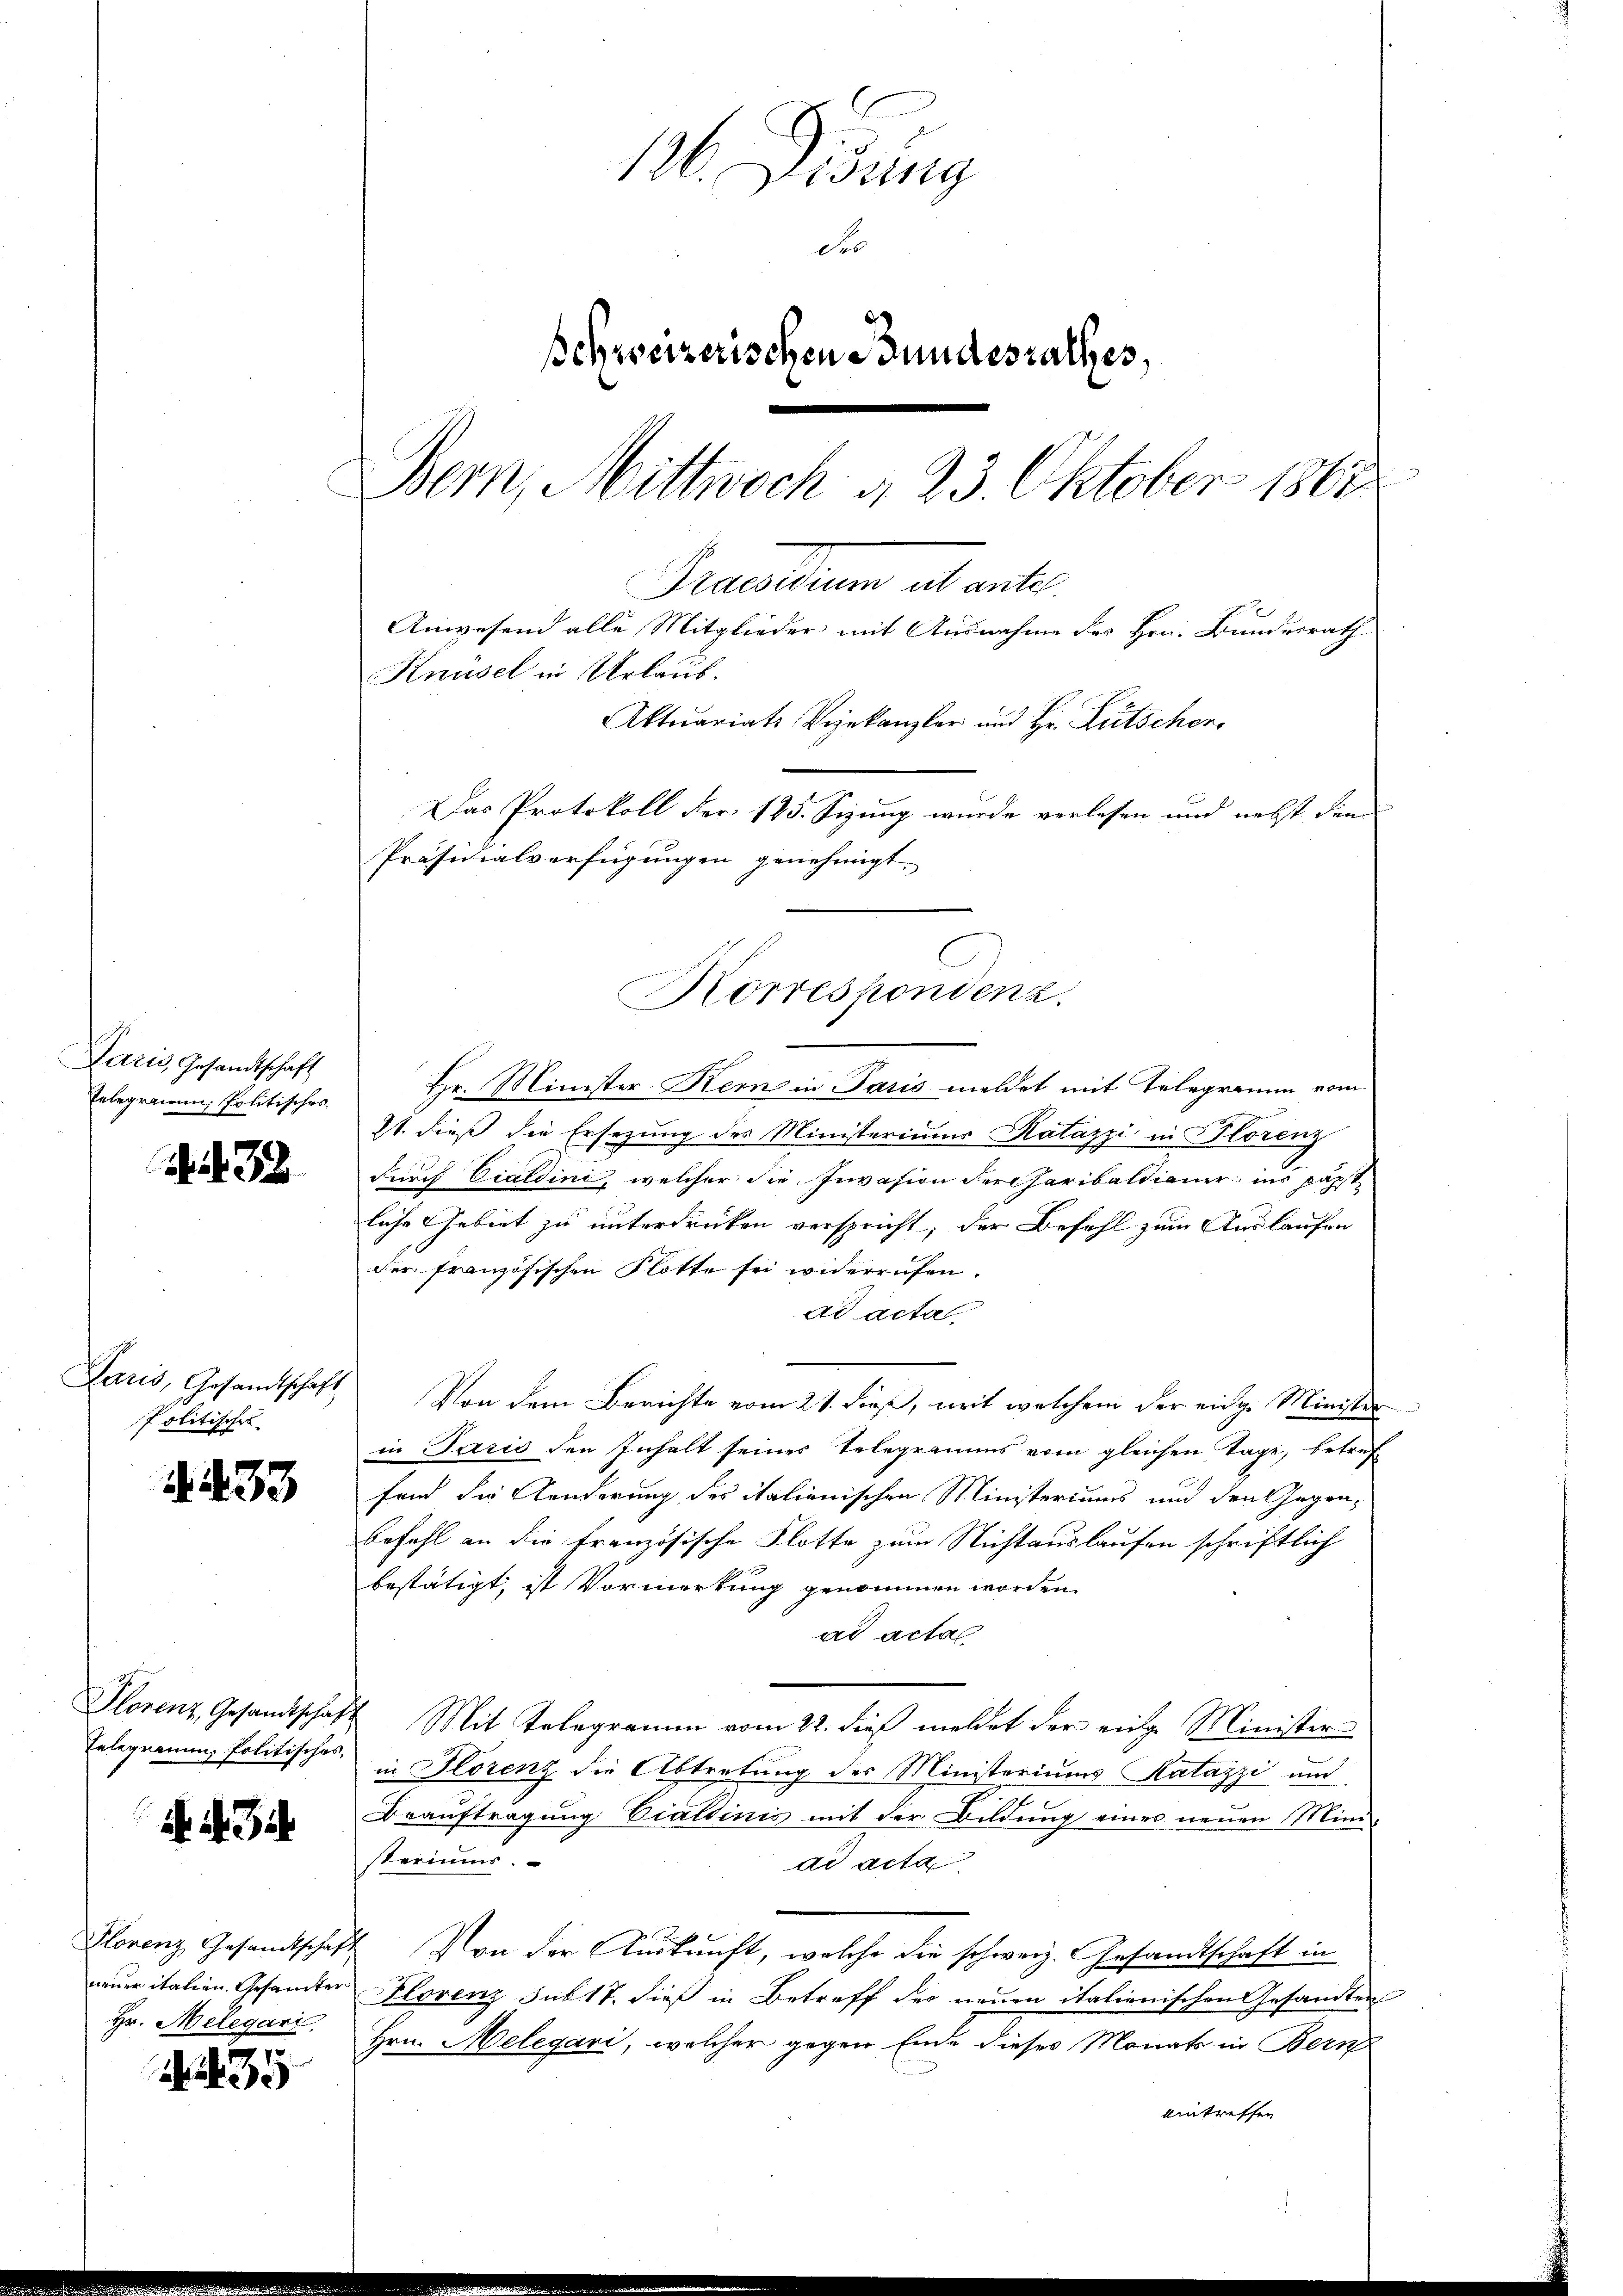
Paris, Gesandtschaft
Pelegramm, Politisches

38

Paris, Gesandtschaft
politisches

A. 433

Telegramm, Politisches,

if. 434.

neuer italien. Gesamter
Hr. Melegart,

35

M Didung
schweizerischen Bundesrathes,
Bern, Mittwoch d. 23. Oktober 1862
Katasten ad acte.
Anwesend alle Mitglieder mit Ausnahme des Hrn. Bundesrath
Knüsel in Urlaub.
Aktuariats Vizekanzler und Hr. Lütschen
Das Protokoll der 125. Sizung wurde verlesen und nebst den
Präsidialverfügungen genehmigt.

Korrespondenz.

Hr. Minister Kern in Paris meldet mit Telegramm vom
21. dieß die Ersezung des Ministeriums Katazzi in Florenz
durch Cialdini, welcher die Invasion der Haribaltianer ins päpst
liche Gebiet zu unterdrücken verspricht, der Befehl zum Auslaufen
der französischen Flotte sei widerrufen.
ad acta
Von dem Berichte vom 21. die, mit welchem der eidge Minister
in Paris den Inhalt seines Telegramms vom gleichen Tage, betref
fend die Kinderung des italienischen Ministeriums und den Gegen¬
Befehl an die französische Flotte zum Nichtauslaufen schriftlich
bestätigt, ist Vormerkung genommen worden.
ad acta
Plorenz, Gesandtschaft Mit Telegramm vom 22. dieβ meldet der einge Minister
in Florenz die Abtretung des Ministeriums Katazzi und
Beauftragung Ciattinis mit der Bildung einer neuen Mini-
steriums.
ad acta
Plorenz Gesandtschaft. Von der Auskunft, welche die schweiz. Gesandtschaft in
Hlorenz sub 17. dieß in Betreff der neuen italienischen Gesandten
Hrn. Melegari, welcher gegen Ende dieses Monats in Bern
eintreffen